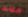
مكانك